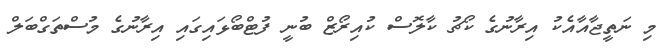
މި ނަތީޖާއާއެކު އިރާނުގެ ކޯޗު ކާލޮސް ކުއިރޯޒް ބުނީ ފުޓްބޯޅައިގައި އިރާނުގެ މުސްތަގްބަލް